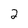
Character: 2